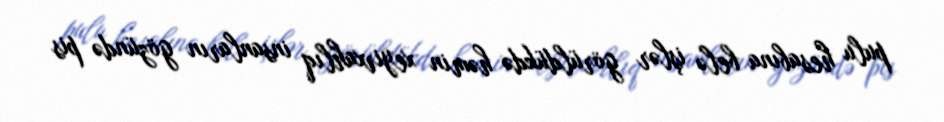
pulu hesabına belə işlər görüldükdə həmin xeyirxahlıq insanların gözündə pis